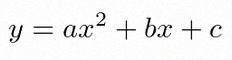
y=ax^2+bx+c